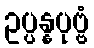
ဥပ္ပန္နပုဗ္ဗံ